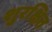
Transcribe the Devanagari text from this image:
शुरक्षित